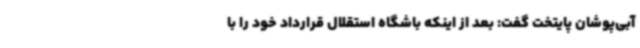
آبی‌پوشان پایتخت گفت: بعد از اینکه باشگاه استقلال قرارداد خود را با